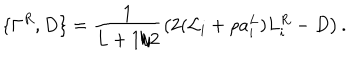
\{ \Gamma ^ { R } , D \} = \frac { 1 } { L + 1 / 2 } \left( 2 ( { \cal L } _ { i } + \rho a _ { i } ^ { L } ) L _ { i } ^ { R } - D \right) .